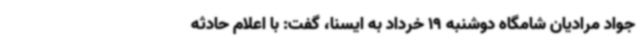
جواد مرادیان شامگاه دوشنبه 19 خرداد به ایسنا، گفت: با اعلام حادثه